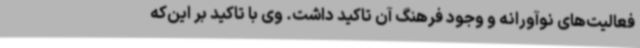
فعالیت‌های نوآورانه و وجود فرهنگ آن تاکید داشت. وی با تاکید بر این‌که